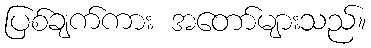
ပြစ်ချက်ကား အတော်များသည်။